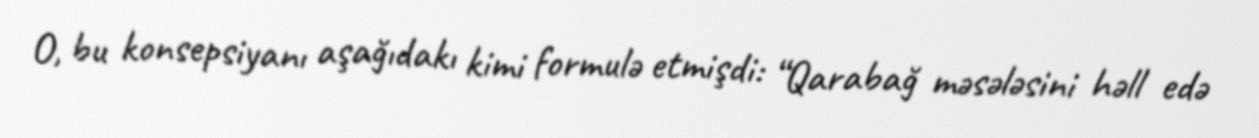
O, bu konsepsiyanı aşağıdakı kimi formulə etmişdi: “Qarabağ məsələsini həll edə